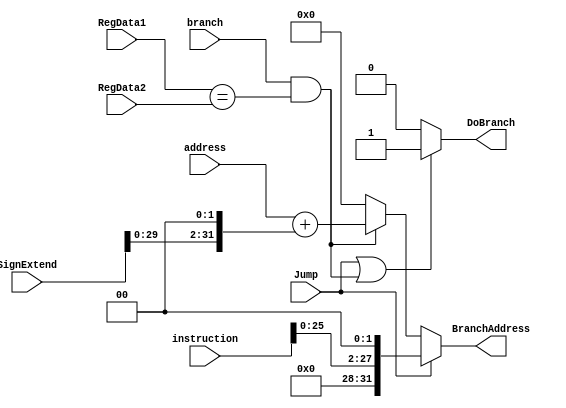
module branch_control(input [31:0] RegData1, input [31:0] RegData2, input [31:0] instruction, 
	input [31:0] address, input [31:0] SignExtend, input branch, input Jump, 
	output DoBranch, output [31:0] BranchAddress);
	
	assign BranchAddress = (Jump) 					 ? (instruction[25:0] << 2) : 
								  ((branch && (RegData1 == RegData2)) ? (address + (SignExtend << 2)) :  
								  32'b0);
								  
	assign DoBranch = (Jump || (branch && (RegData1 == RegData2))) ? 1'b1 : 1'b0;
	
endmodule